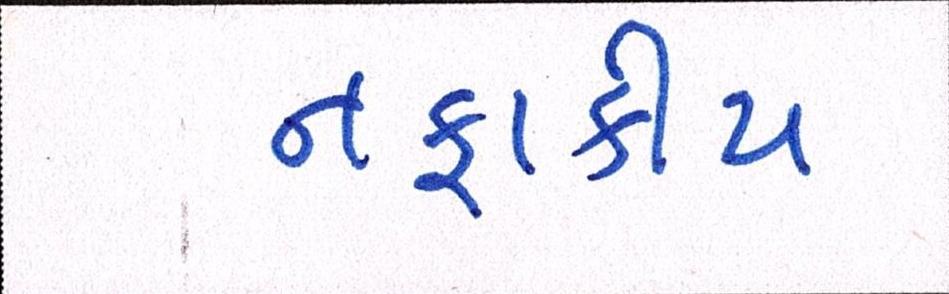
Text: નફાકીય